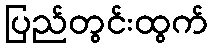
ပြည်တွင်းထွက်